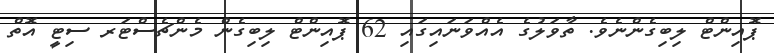
ޕޮއިންޓް ލިބިގެންނެވެ. ތާވަލުގެ އެއްވަނައިގައި 62 ޕޮއިންޓް ލިބިގެން މެންޗެސްޓަރ ސިޓީ އޮތް